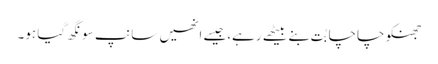
جھنکو چاچا بُت بنے بیٹھے رہے،جیسے انھیں سانپ سونگھ گیا ہو۔